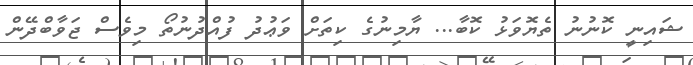
ޝައިނީ ކޮނުނު ތެޔޮވަޅު ކޮބާ... ޔާމިނުގެ ކިތަށް ވަޢުދު ފުއްދުނުތޯ މިވެސް ޖަވާބްދޭން